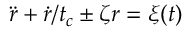
\ddot { r } + { \dot { r } } / t _ { c } \pm \zeta r = { \xi } ( t )